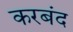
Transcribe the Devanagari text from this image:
करबंद